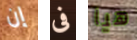
إن فى هيا